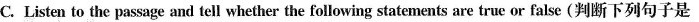
C. Listen to the passage and tell whether the following statements are true or false(判断下列句子是